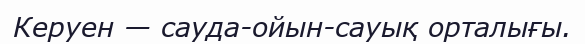
Керуен — сауда-ойын-сауық орталығы.